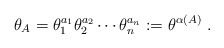
\begin{align*}\theta_A = \theta_1^{a_1} \theta_2^{a_2} \cdots \theta_n^{a_n} := \theta^{\alpha(A)}~.\end{align*}